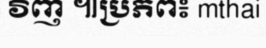
វិញ ៕ប្រភព៖ mthai